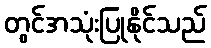
တွင်အသုံးပြုနိုင်သည်